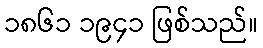
၁၈၆၁ ၁၉၄၁ ဖြစ်သည်။